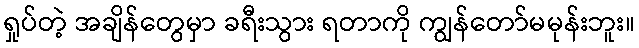
ရှုပ်တဲ့ အချိန်တွေမှာ ခရီးသွား ရတာကို ကျွန်တော်မမုန်းဘူး။